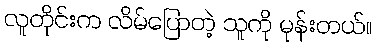
လူတိုင်းက လိမ်ပြောတဲ့ သူကို မုန်းတယ်။